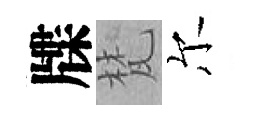
牒梵尔